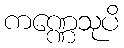
ကဏ္ဏေသုပိ